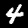
Digit: 4